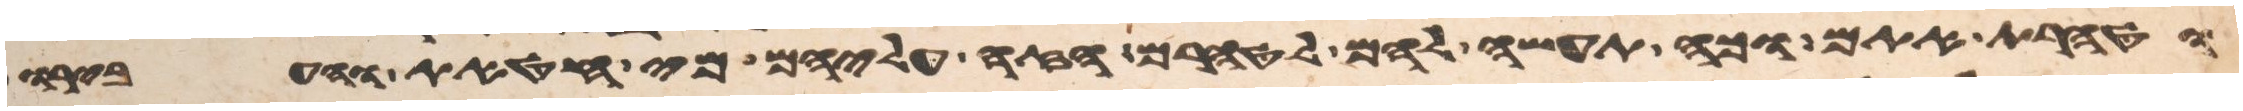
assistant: וטהרת אתם וכה תעשה להם לטהרם הזי עליהם מי חטאת והעבירו